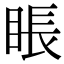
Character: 𥇔